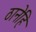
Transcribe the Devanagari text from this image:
ठानेहि